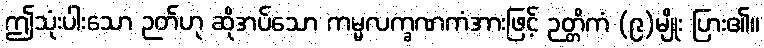
ဤသုံးပါးသော ဉတ်ဟု ဆိုအပ်သော ကမ္မလက္ခဏကံအားဖြင့် ဉတ္တိကံ (၉)မျိုး ပြား၏။